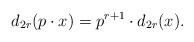
LaTeX: \begin{align*} d_{2r}( p \cdot x) = p^{r+1} \cdot d_{2r}(x). \end{align*}